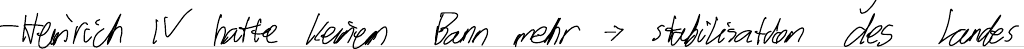
- Heinrich IV hatte keinen Bann mehr -> Stabilisation des Landes